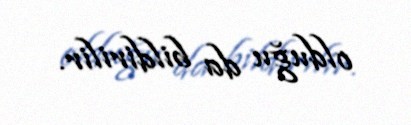
olduğu da bildirilir.